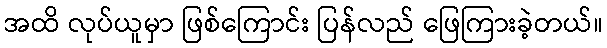
အထိ လုပ်ယူမှာ ဖြစ်ကြောင်း ပြန်လည် ဖြေကြားခဲ့တယ်။